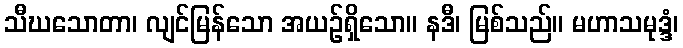
သီဃသောတာ၊ လျင်မြန်သော အယဉ်ရှိသော။ နဒီ၊ မြစ်သည်။ မဟာသမုဒ္ဒံ၊